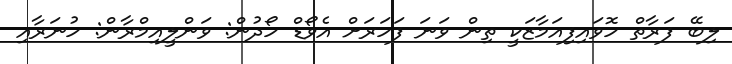
ލިބޭ ފަރާތް ހޮވައިފިއަމާޒަކީ ތިން ވަނަ ފަހަރަށް އެވޯޑް ހޯދުން: ވަންލީއިމްރާން: ހުނަރާއި